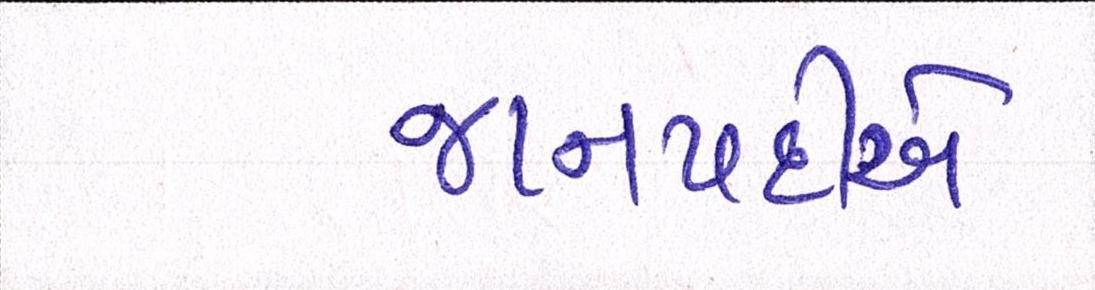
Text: જાનપદીએ